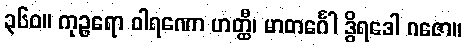
၃၆၀။ ကုဉ္ဇရော ဝါရဏော ဟတ္ထီ၊ မာတင်္ဂေါ ဒွိရဒေါ ဂဇော။